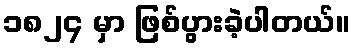
၁၈၂၄ မှာ ဖြစ်ပွားခဲ့ပါတယ်။